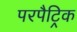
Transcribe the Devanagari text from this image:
परपैट्रिक